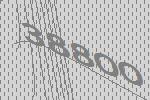
38800